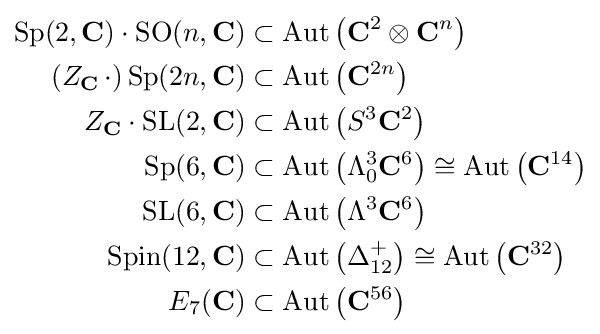
{\begin{aligned}\mathrm {Sp} (2,\mathbf {C} )\cdot \mathrm {SO} (n,\mathbf {C} )&\subset \mathrm {Aut} \left(\mathbf {C} ^{2}\otimes \mathbf {C} ^{n}\right)\\(Z_{\mathbf {C} }\,\cdot )\,\mathrm {Sp} (2n,\mathbf {C} )&\subset \mathrm {Aut} \left(\mathbf {C} ^{2n}\right)\\Z_{\mathbf {C} }\cdot \mathrm {SL} (2,\mathbf {C} )&\subset \mathrm {Aut} \left(S^{3}\mathbf {C} ^{2}\right)\\\mathrm {Sp} (6,\mathbf {C} )&\subset \mathrm {Aut} \left(\Lambda _{0}^{3}\mathbf {C} ^{6}\right)\cong \mathrm {Aut} \left(\mathbf {C} ^{14}\right)\\\mathrm {SL} (6,\mathbf {C} )&\subset \mathrm {Aut} \left(\Lambda ^{3}\mathbf {C} ^{6}\right)\\\mathrm {Spin} (12,\mathbf {C} )&\subset \mathrm {Aut} \left(\Delta _{12}^{+}\right)\cong \mathrm {Aut} \left(\mathbf {C} ^{32}\right)\\E_{7}(\mathbf {C} )&\subset \mathrm {Aut} \left(\mathbf {C} ^{56}\right)\\\end{aligned}}